Scottish Leaving Certificate Examination, 1958
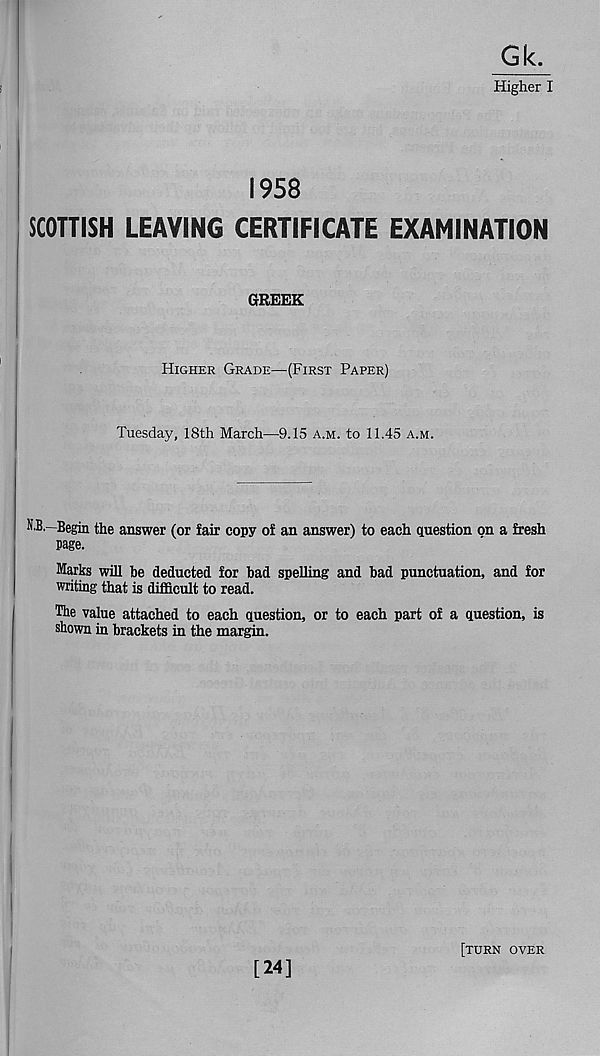
G k.
Higher I
1958
SCOTTISH LEAVING CERTIFICATE EXAMINATION
GREEK
Higher Grade—^ (First Paper)
Tuesday, 18th March—9.15 a.m. to 11.45 a.m.
N.B.—Begin the answer (or fair copy of an answer) to each question on a fresh
page.
Marks will be deducted for bad spelling and bad punctuation, and for
writing that is difficult to read.
The value attached to each question, or to each part of a question, is
shown in brackets in the margin.
[24]
[turn over